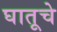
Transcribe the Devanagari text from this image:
घातूचे